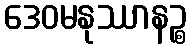
ဒေဝမနုဿာနဉ္စ